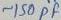
Text: ~150PF